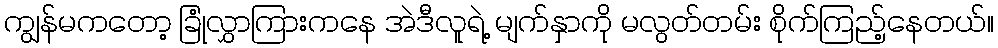
ကျွန်မကတော့ ခြုံလွှာကြားကနေ အဲဒီလူရဲ့ မျက်နှာကို မလွတ်တမ်း စိုက်ကြည့်နေတယ်။